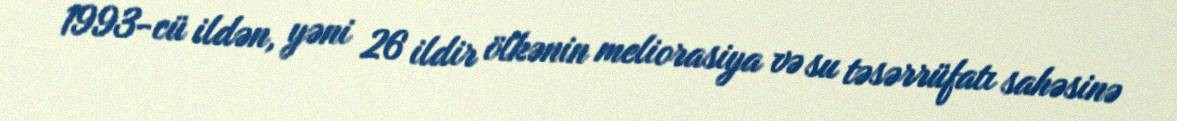
1993-cü ildən, yəni 26 ildir ölkənin meliorasiya və su təsərrüfatı sahəsinə